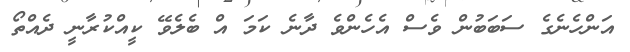
އަންހެނެގެ ސަބަބުން ވެސް އެހެންވެ ދާނެ ކަމަ އް ބެލެވޭ ކީއްކުރާނީ ދެއްތޯ